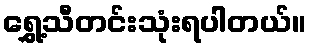
ရွှေ့သီတင်းသုံးရပါတယ်။